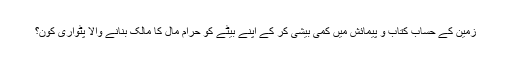
زمین کے حساب کتاب و پیمائش میں کمی بیشی کر کے اپنے بیٹے کو حرام مال کا مالک بنانے والا پٹواری کون؟